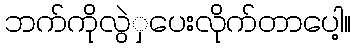
ဘက်ကိုလွဲှပေးလိုက်တာပေါ့။